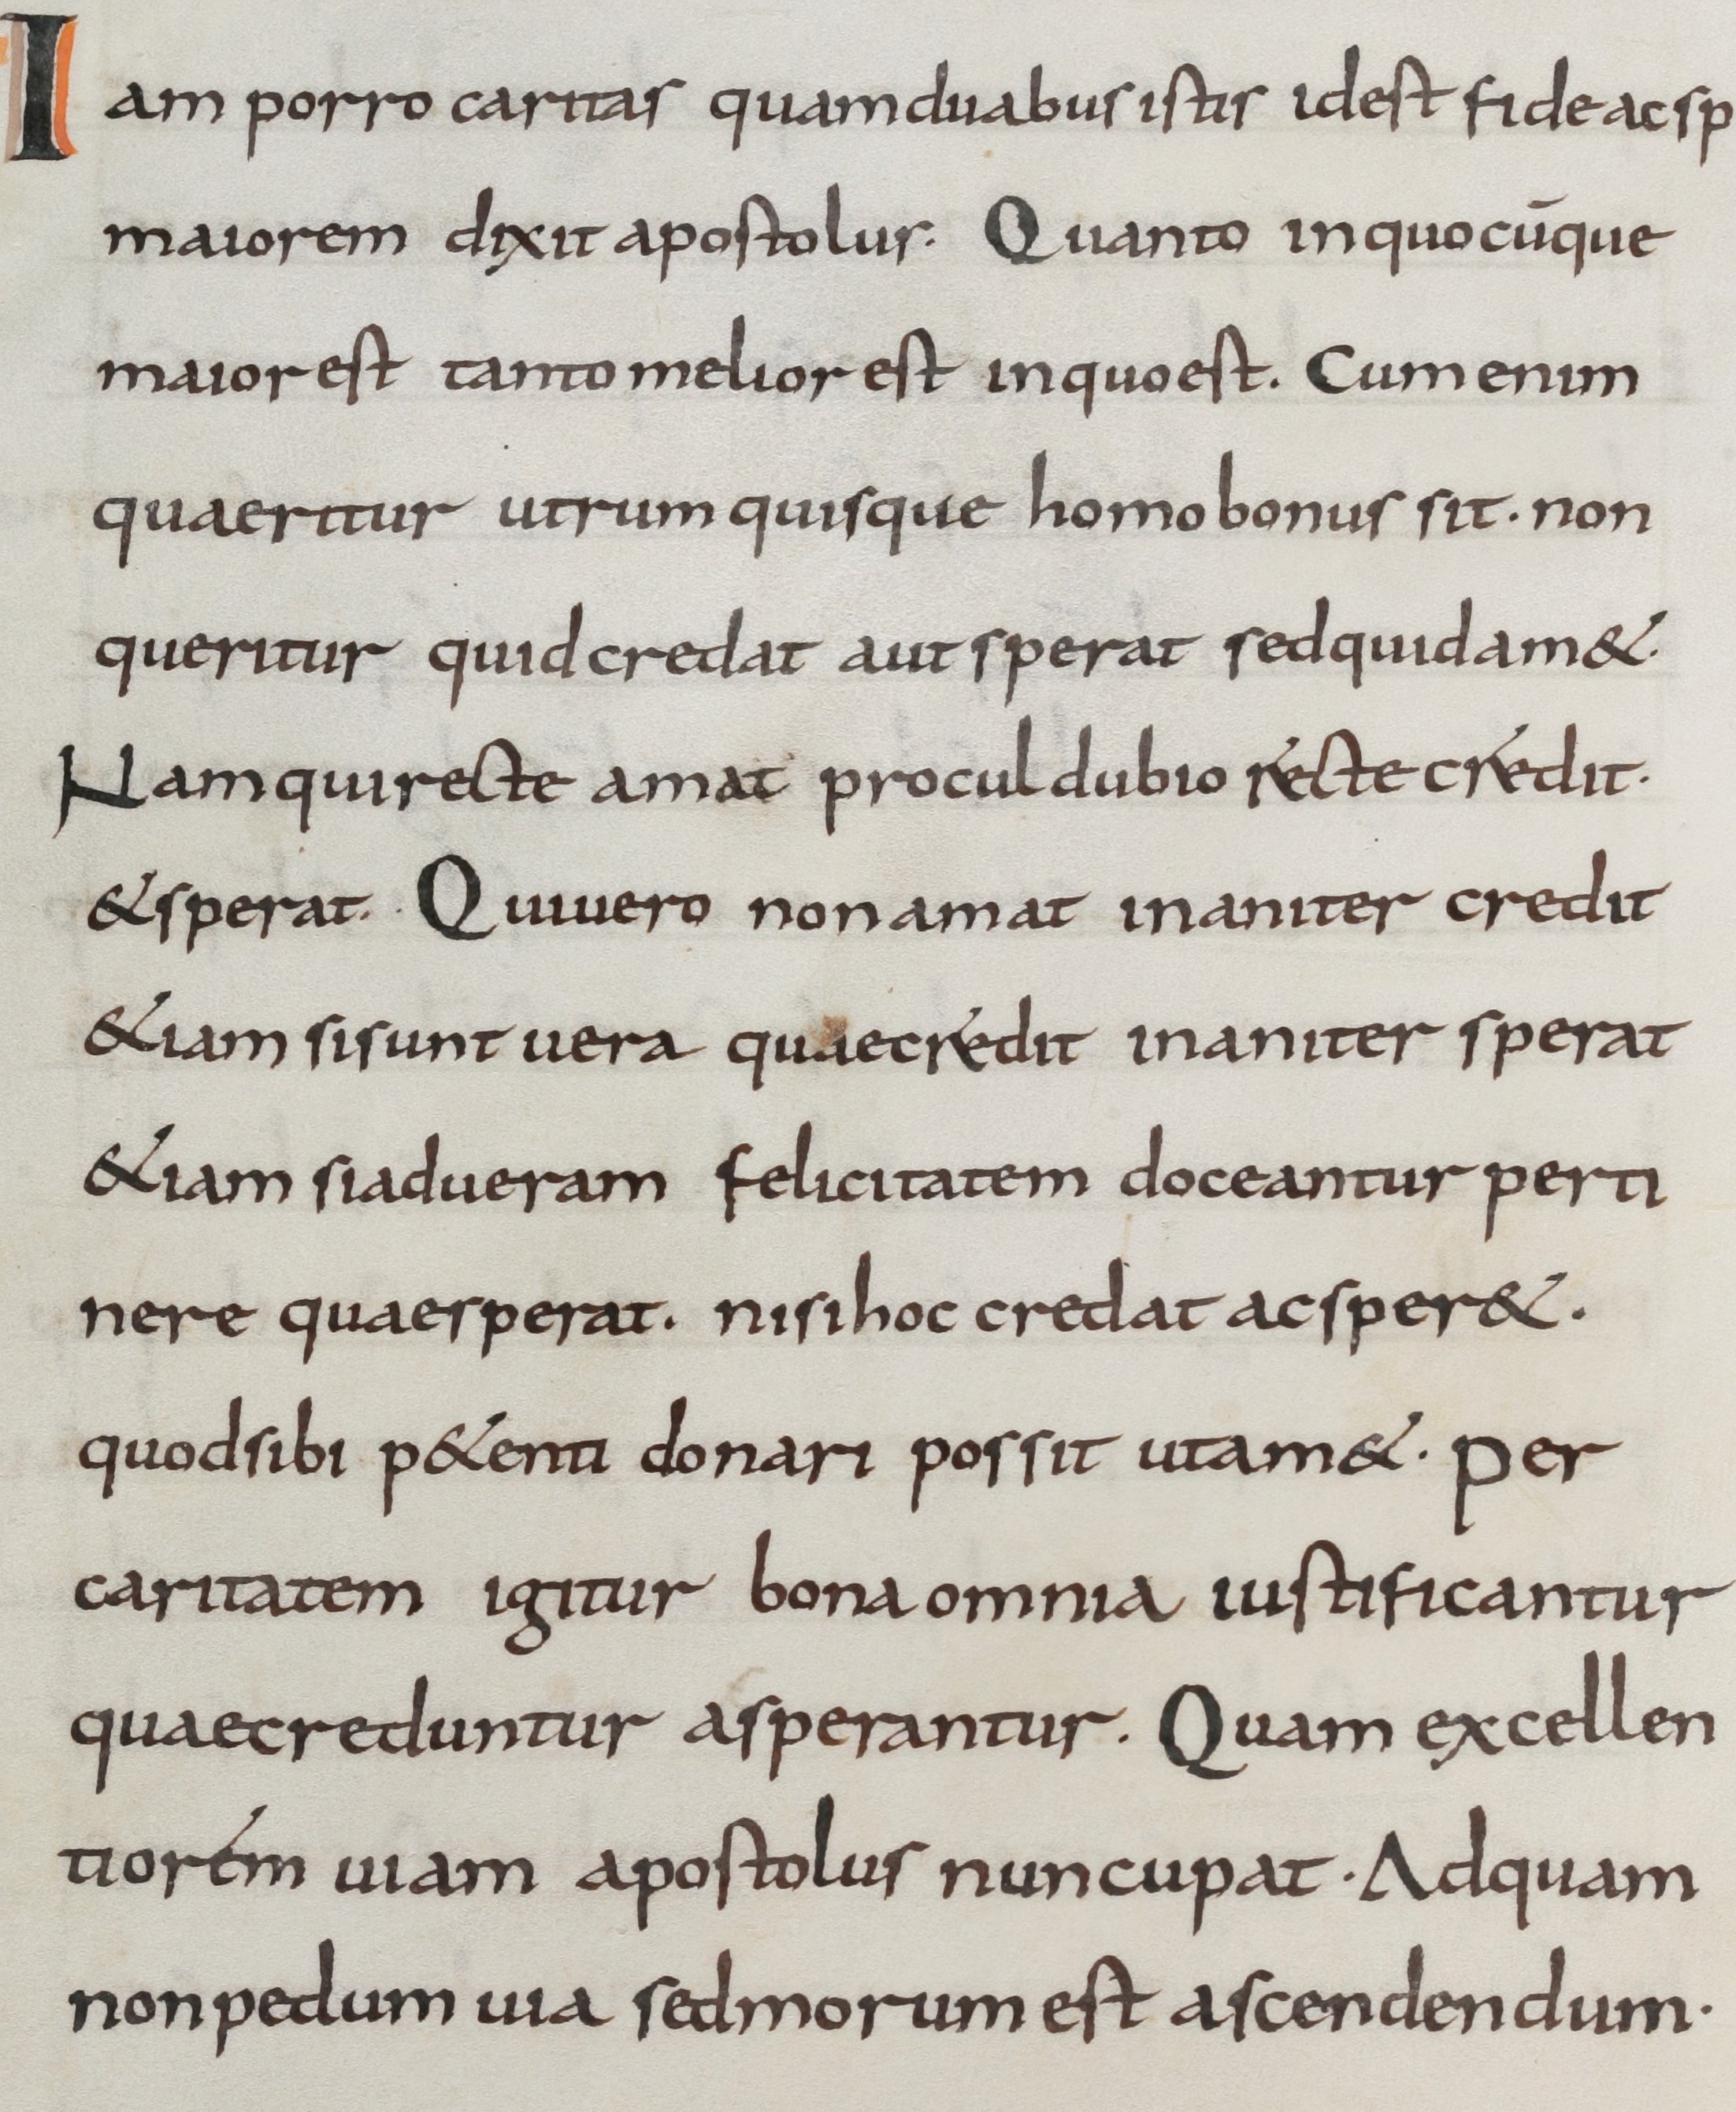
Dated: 800–899